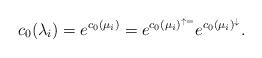
LaTeX: \begin{align*} c_{0}(\lambda_{i}) = e^{c_{0}(\mu_{i})} = e^{c_{0}(\mu_{i})^{\uparrow=}}e^{c_{0}(\mu_{i})^{\downarrow}}. \end{align*}